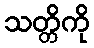
သတ္တိကို